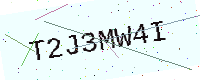
Text: T2J3MW4I